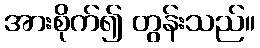
အားစိုက်၍ တွန်းသည်။